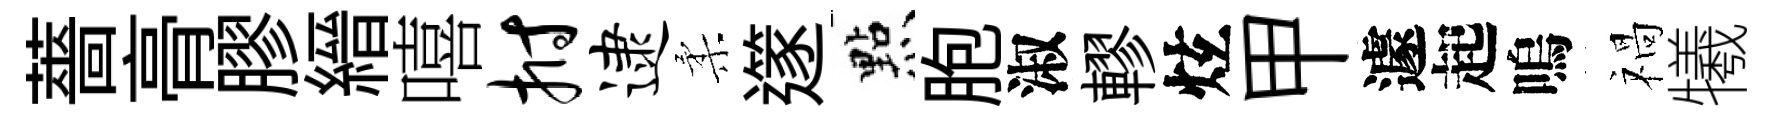
薔𮌔膠縉嘻拊逮柔𨗹㸃胞淑轇炫甲遽起嗚禍犧